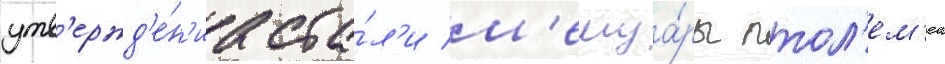
утв'ержд'е́н'иа ста́л'и м'емуа́ры птол'ем'еа